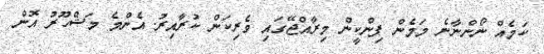
ކަމެއް ނޯންނާނެ މަމެން ޕިންކީން މިރާއްޖޭގައި ވެރިކަން ކުރާއިރު. އެންމެ މަޝްހޫރު އޮން